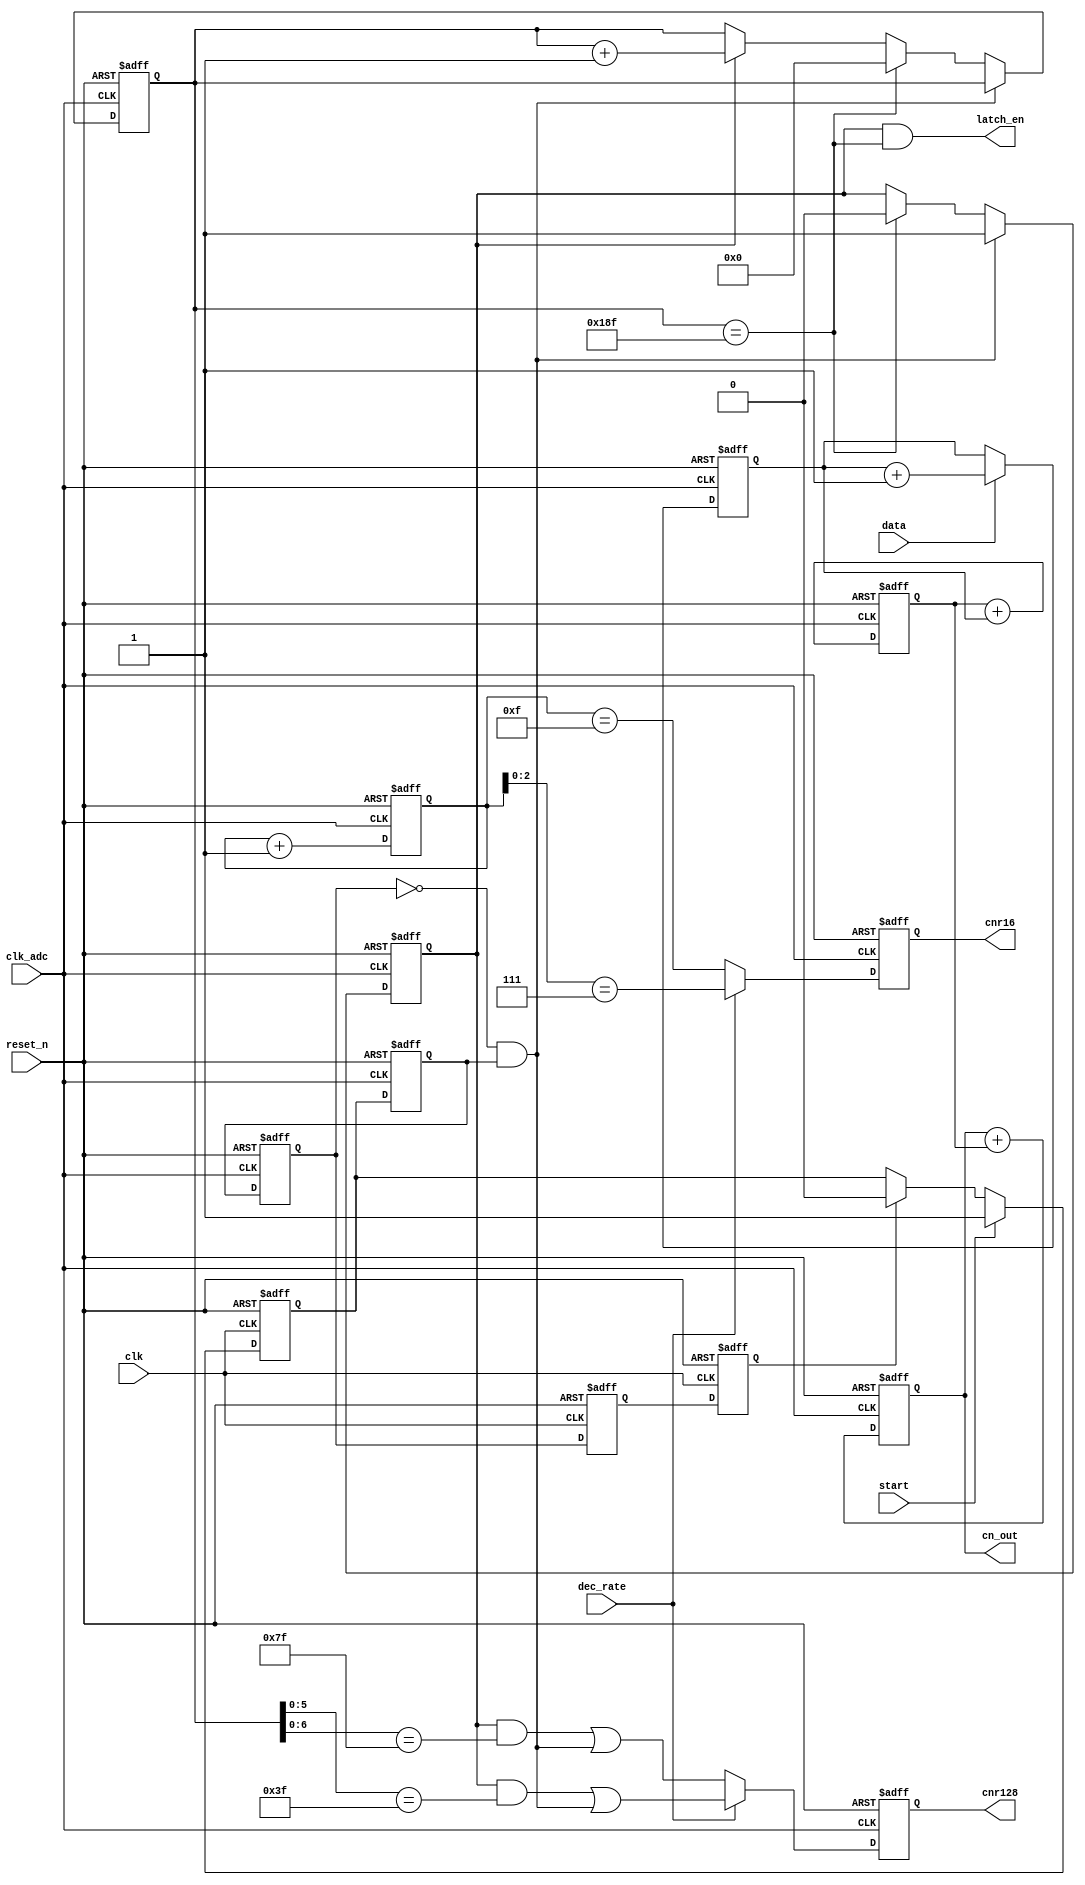
// Copyright (C) 1991-2011 Altera Corporation
// Your use of Altera Corporation's design tools, logic functions 
// and other software and tools, and its AMPP partner logic 
// functions, and any output files from any of the foregoing 
// (including device programming or simulation files), and any 
// associated documentation or information are expressly subject 
// to the terms and conditions of the Altera Program License 
// Subscription Agreement, Altera MegaCore Function License 
// Agreement, or other applicable license agreement, including, 
// without limitation, that your use is for the sole purpose of 
// programming logic devices manufactured by Altera and sold by 
// Altera or its authorized distributors.  Please refer to the 
// applicable agreement for further details.

// Sinc3 filter differentiator based on "Combining the ADS1202 with
// an FPGA Digital Filter for Current Measurement in Motor Control
// Applications" TI Application report SBAA094 June 2003
//
// For a 3 stage Sinc3 filter, each 2x increase in decimation rate
// requires 3 extra bits in the data path so for a decimation rate
// of 128 we need 21 bits (3x7) plus one sign bit

`timescale 1ns/1ns

module ssg_emb_sd_adc_diff (
    input   clk,                    // System clock
    input   clk_adc,                // ADC clock
    input   reset_n,                // System reset
    input   data,                   // ADC data in clk_adc domain
    input   start,                  // Start conversion pulse in system clk domain
    input   dec_rate,               // Decimation rate control register bit in clk_adc domain 1: M=64 or 8, 0: M=128 or 16
    
    // All outputs in clk_adc domain
    output wire [21:0]  cn_out,     // Third stage integrator output
    output reg          cnr16,      // Decimator pulse for low res conversion
    output reg          cnr128,     // Decimator pulse for highres conversion
    output wire         latch_en    // Output sample latch enable
);

reg [21:0] delta1, cn1, cn2;

always @(posedge clk_adc or negedge reset_n)
    if (~reset_n)
        delta1 <= 22'b0;
    else if (data)
        delta1 <= delta1 + 22'b1;

always @(posedge clk_adc or negedge reset_n)
    if (~reset_n)
    begin
        cn1 <= 22'b0;
        cn2 <= 22'b0;
    end
    else
    begin
        cn1 <= cn1 + delta1;
        cn2 <= cn2 + cn1;
    end

assign cn_out = cn2;

// Synchronise start pulse to clk_adc by strecthing it and handshaking between
// the clock domains
reg start_r;
reg start_adc_sync;
reg start_adc_sync2;
reg start_sync_adc;
reg start_sync2_adc;
wire start_adc;
always @(posedge clk or negedge reset_n)
    if (~reset_n)
    begin
        start_r <= 1'b0;
        start_adc_sync <= 1'b0;
        start_adc_sync2 <= 1'b0;
    end
    else
    begin
        if (start)
            start_r <= 1'b1;
        else if (start_adc_sync2)
            start_r <= 1'b0;
        start_adc_sync <= start_sync2_adc;
        start_adc_sync2 <= start_adc_sync;
    end
        
always @(posedge clk_adc or negedge reset_n)
    if (~reset_n)
    begin
        start_sync_adc <= 1'b0;
        start_sync2_adc <= 1'b0;
    end
    else
    begin
        start_sync_adc <= start_r;
        start_sync2_adc <= start_sync_adc;
    end

assign start_adc = ~start_sync2_adc & start_sync_adc;

// Generate sample strobes for high resolution decimator and output result latch
reg [8:0] counter;
reg run;
always @(posedge clk_adc or negedge reset_n)
    if (~reset_n)
    begin
        counter <= 9'b0;
        run <= 1'b0;
    end
    else
    begin
        if (start_adc)
            run <= 1'b1;
        else if (counter == 9'd399)
        begin
            run <= 1'b0;
            counter <= 9'b0;
        end
        else if (run)
            counter <= counter + 9'b1;
    end

assign latch_en = run & (counter == 9'd399);

// Generate pulses to tell high resolution decimator when to take a sample
// Use start_adc to force first result to be used
always @(posedge clk_adc or negedge reset_n)
    if (~reset_n)
        cnr128 <= 1'b0;
    else
    begin
        if (dec_rate)
            // for high res converter M = 64
            cnr128 <= run & (counter[5:0] == 6'b111111) | start_adc;
        else
            // for high res converter M = 128
            cnr128 <= run & (counter[6:0] == 7'b1111111) | start_adc;
    end

// For low resolution decimator use a free running counter
reg [3:0] counter16;
always @(posedge clk_adc or negedge reset_n)
    if (~reset_n)
        counter16 <= 4'b0;
    else
        counter16 <= counter16 + 4'b1;

always @(posedge clk_adc or negedge reset_n)
    if (~reset_n)
        cnr16 <= 1'b0;
    else
    begin
        if (dec_rate)
            // for low res converter M = 8
            cnr16 <= (counter16[2:0] == 3'b111);
        else
            // for low res converter M = 16
            cnr16 <= (counter16[3:0] == 4'b1111);
    end

endmodule   // ssg_emb_sd_adc_diff